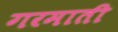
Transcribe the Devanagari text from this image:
गरमाती